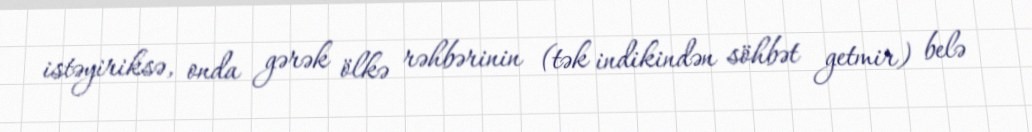
istəyiriksə, onda gərək ölkə rəhbərinin (tək indikindən söhbət getmir) belə